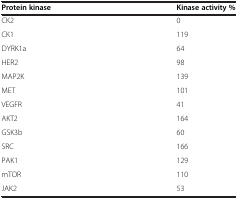
<table><thead><tr><td><b>Protein kinase</b></td><td><b>Kinase activity %</b></td></tr></thead><tbody><tr><td>CK2</td><td>0</td></tr><tr><td>CK1</td><td>119</td></tr><tr><td>DYRK1a</td><td>64</td></tr><tr><td>HER2</td><td>98</td></tr><tr><td>MAP2K</td><td>139</td></tr><tr><td>MET</td><td>101</td></tr><tr><td>VEGFR</td><td>41</td></tr><tr><td>AKT2</td><td>164</td></tr><tr><td>GSK3b</td><td>60</td></tr><tr><td>SRC</td><td>166</td></tr><tr><td>PAK1</td><td>129</td></tr><tr><td>mTOR</td><td>110</td></tr><tr><td>JAK2</td><td>53</td></tr></tbody></table>